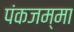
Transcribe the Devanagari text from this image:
पंकजम्मा